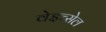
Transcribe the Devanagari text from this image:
वेइच्सेल